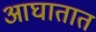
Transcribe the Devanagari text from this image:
आघातात